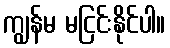
ကျွန်မ မငြင်းနိုင်ပါ။